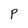
Character: P